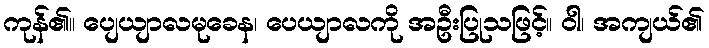
ကုန်၏။ ပျေယျာလမုခေန၊ ပေယျာလကို အဦးပြုသဖြင့်။ ဝါ၊ အကျယ်၏